Report of the Bombay Plague Committee
Disease focus: Plague
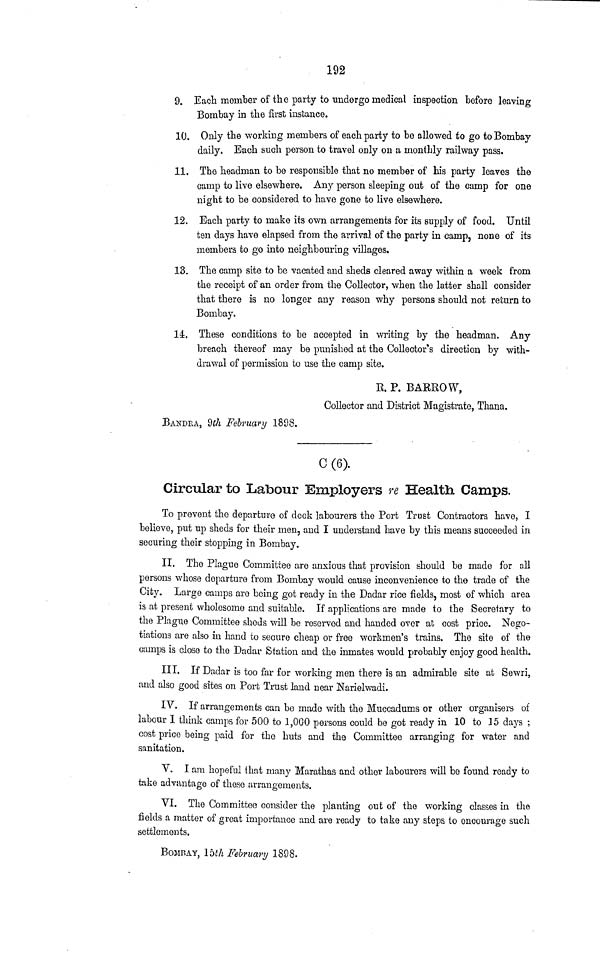
192
9. Each member of the party to undergo medical inspection before leaving
Bombay in the first instance.
10. Only the working members of each party to be allowed to go to Bombay
daily. Each such person to travel only on a monthly railway pass.
11. The headman to be responsible that no member of his party leaves the
camp to live elsewhere. Any person sleeping out of the camp for one
night to be considered to have gone to live elsewhere.
12. Each party to make its own arrangements for its supply of food. Until
ten days have elapsed from the arrival of the party in camp, none of its
members to go into neighbouring villages.
13. The camp site to be vacated and sheds cleared away within a week from
the receipt of an order from the Collector, when the latter shall consider
that there is no longer any reason why persons should not return to
Bombay.
14. These conditions to be accepted in writing by the headman. Any
breach thereof may be punished at the Collector's direction by with-
drawal of permission to use the camp site.
R. P. BARROW,
Collector and District Magistrate, Thana.
BANDEA, 2th February 1898.
C (6).
Circular to Labour Employers re Health Camps.
To prevent the departure of deck labourers the Port Trust Contractors have, I
believe, put up sheds for their men, and I understand have by this means succeeded in
securing their stopping in Bombay.
II. The Plague Committee are anxious that provision should be made for fill
persons whose departure from Bombay would cause inconvenience to the trade of the
City. Large camps are being got ready in the Dadar rice fields, most of which area
is at present wholesome and suitable. If applications are made to the Secretary to
the Plague Committee sheds will be reserved and handed over at cost price. Nego-
tiations are also in hand to secure cheap or free workmen's trains. The site of the
camps is close to the Dadar Station and the inmates would probably enjoy good health.
III. If Dadar is too far for working men there is an admirable site at Sewri,
and also good sites on Port Trust land near Narielwadi.
IV. If arrangements can be made with the Muccadums or other organisers of
labour I think camps for 500 to 1,000 persons could be got ready in 10 to 15 days ;
cost price being paid for the huts and the Committee arranging for water and
sanitation.
V. I am hopeful that many Marathas and other labourers will be found ready to
take advantage of those arrangements.
VI. The Committee consider the planting out of the working classes in the
fields a matter of great importance and are ready to take any steps to encourage such
settlements.
BOMBAY, 15th February 1898.